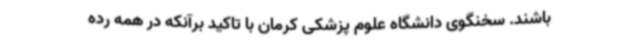
باشند. سخنگوی دانشگاه علوم پزشکی کرمان با تاکید برآنکه در همه رده